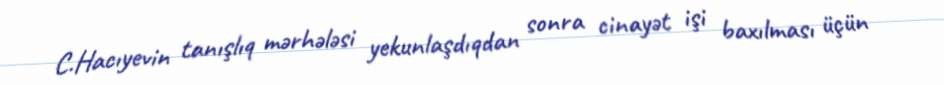
C.Hacıyevin tanışlıq mərhələsi yekunlaşdıqdan sonra cinayət işi baxılması üçün